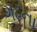
ગઢના